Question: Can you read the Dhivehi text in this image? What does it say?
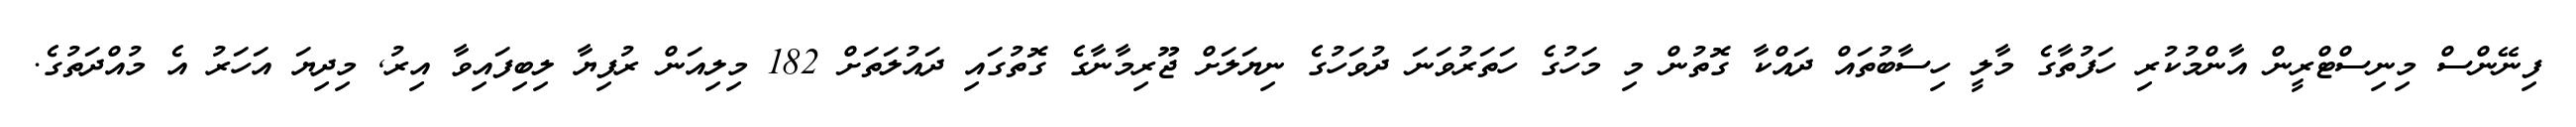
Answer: ފިނޭންސް މިނިސްޓްރީން އާންމުކުރި ހަފުތާގެ މާލީ ހިސާބުތައް ދައްކާ ގޮތުން މި މަހުގެ ހަތަރުވަނަ ދުވަހުގެ ނިޔަލަށް ޖޫރިމާނާގެ ގޮތުގައި ދައުލަތަށް 182 މިލިއަން ރުފިޔާ ލިބިފައިވާ އިރު, މިދިޔަ އަހަރު އެ މުއްދަތުގެ.